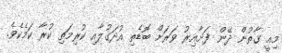
މިއީ ގާތުން ދޭން ފަށާއިރު ވަރަށް ބޮޑެތި އުދަގުލާއި ކުރިމަތި ކުރާ ކަމެކެވެ.